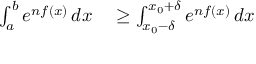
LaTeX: \begin{array} { r l } { \int _ { a } ^ { b } e ^ { n f ( x ) } \, d x } & { { } \geq \int _ { x _ { 0 } - \delta } ^ { x _ { 0 } + \delta } e ^ { n f ( x ) } \, d x } \end{array}